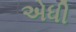
એધી